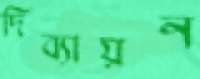
দিব্যায়ন